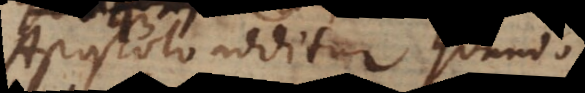
Apostolo additur, quando